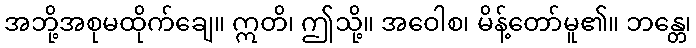
အဘို့အစုမထိုက်ချေ။ ဣတိ၊ ဤသို့။ အဝေါစ၊ မိန့်တော်မူ၏။ ဘန္တေ၊